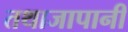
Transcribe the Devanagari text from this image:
तथाजापानी